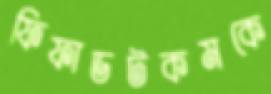
ফিফাডটকমকে